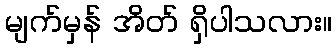
မျက်မှန် အိတ် ရှိပါသလား။